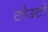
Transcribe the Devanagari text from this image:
टोउटो